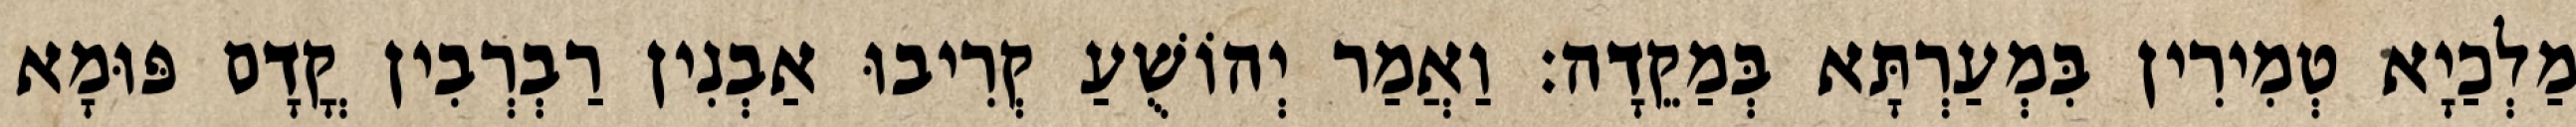
מַלְכַיָא טְמִירִין בִּמְעַרְתָּא בְּמַקֵדָה׃ וַאֲמַר יְהוֹשֻׁעַ קְרִיבוּ אַבְנִין רַבְרְבִין קֳדָם פּוּמָא